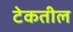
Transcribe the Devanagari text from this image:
टेकतील